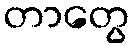
တာတွေ